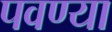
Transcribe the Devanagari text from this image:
पवण्या